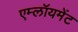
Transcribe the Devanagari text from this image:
एम्लॉयमेंट